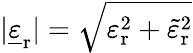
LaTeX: |{\underline{{\varepsilon}}}_{\mathrm{r}}|={\sqrt{\varepsilon_{\mathrm{r}}^{2}+{\tilde{\varepsilon}}_{\mathrm{r}}^{2}}}